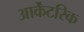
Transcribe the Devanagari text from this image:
आर्केंटरिक